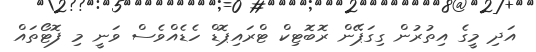
އަދި މީގެ އިތުރުން ގިގަޕޭން ރޮބޮޓިކް ޓްރައިޕޮޑް ހެޑެއްވެސް ވަނީ މި ފޮޓޯތައް